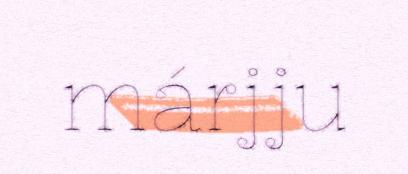
márjju